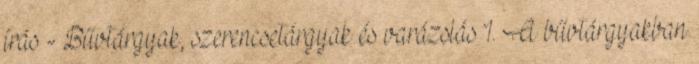
írás - Bűvtárgyak, szerencsetárgyak és varázslás 1. A bűvtárgyakban